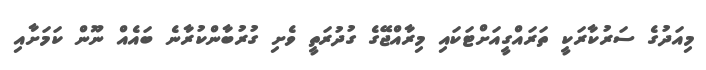
މިއަދުގެ ސަރުކާރަކީ ތަރައްގީއަށްޓަކައި މިރާއްޖޭގެ ގުދުރަތީ ވެށި ގުރުބާންކުރާނެ ބައެއް ނޫން ކަމަށާއި